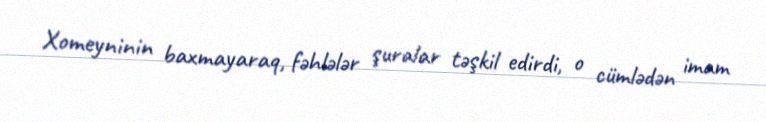
Xomeyninin baxmayaraq, fəhlələr şuralar təşkil edirdi, o cümlədən imam